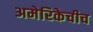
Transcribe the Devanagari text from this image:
अमेरिकेचीच